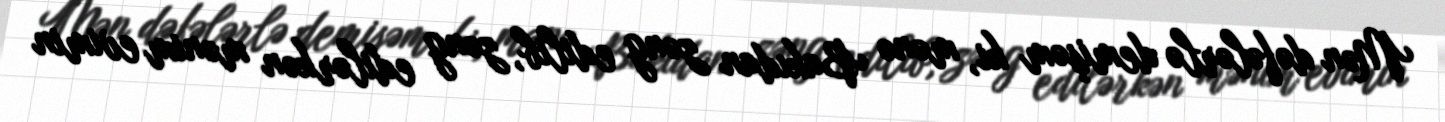
Mən dəfələrlə demişəm ki, mənə Bakıdan zəng edilib, zəng edilərkən mənim evimin